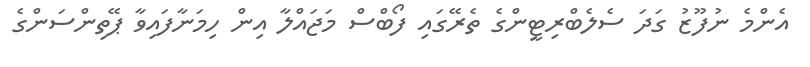
އެންމެ ނުފޫޒު ގަދަ ސެލެބްރިޓީންގެ ތެރޭގައި ފޯބްސް މަޖައްލާ އިން ހިމަނާފައިވާ ޕޭތިންސަންގެ